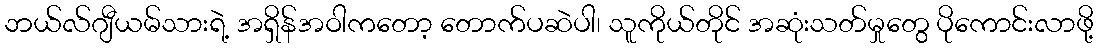
ဘယ်လ်ဂျီယမ်သားရဲ့ အရှိန်အဝါကတော့ တောက်ပဆဲပါ၊ သူကိုယ်တိုင် အဆုံးသတ်မှုတွေ ပိုကောင်းလာဖို့